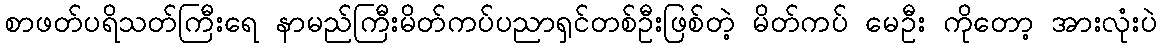
စာဖတ်ပရိသတ်ကြီးရေ နာမည်ကြီးမိတ်ကပ်ပညာရှင်တစ်ဦးဖြစ်တဲ့ မိတ်ကပ် မေဦး ကိုတော့ အားလုံးပဲ